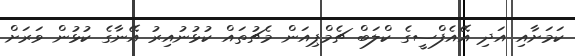
ކަމަށާއި އަދި އޭއެފްސީގެ ކްލަބް ޗެމްޕިއަން މެޗުތައް ކުޅުނުއިރު އޭނާގެ ކުޅުން ވަރަށް